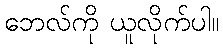
ဘေလ်ကို ယူလိုက်ပါ။